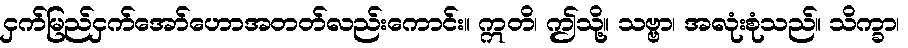
ငှက်မြည်ငှက်အော်ဟောအတတ်လည်းကောင်း။ ဣတိ၊ ဤသို့။ သဗ္ဗာ၊ အလုံးစုံသည်။ သိက္ခာ၊